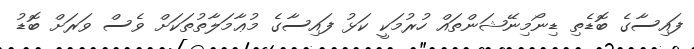
ފައިސާގެ ބޮޑެތި ޑިނޯމިނޭޝަންތައް ހުރުމަކީ ކަޅު ފައިސާގެ މުޢާމަލާތުތަކަށް ވެސް ވަރަށް ބޮޑު